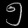
Digit: ၅